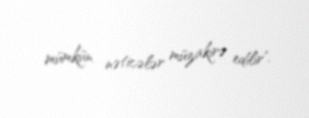
mümkün nəticələr müzakirə edilir".